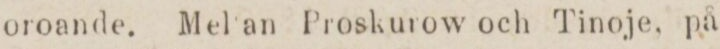
oroande. Mel en Proskurow och Tinoje. på